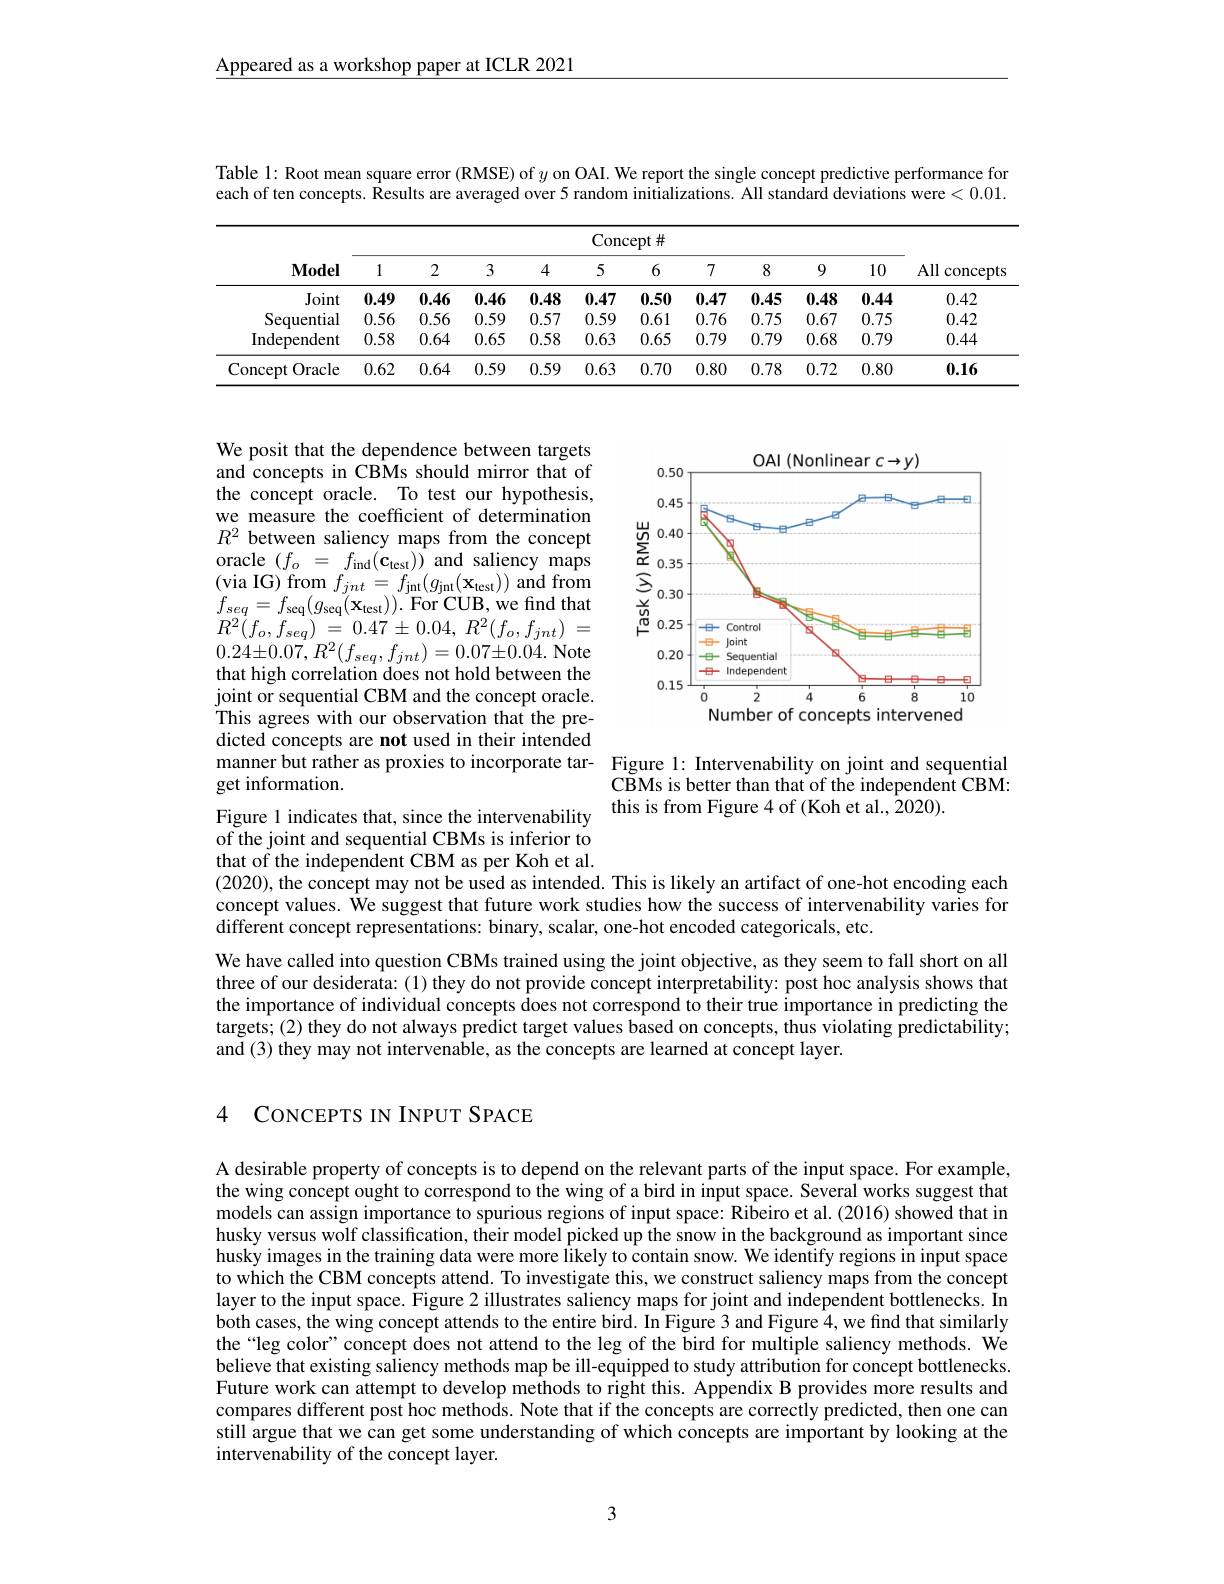
Appeared as a workshop paper at ICLR 2021

Table l: Root mean square error (RMSE) of $y$ on OAI. We report the single concept predictive performance for each of ten concepts. Results are averaged over 5 random initializations. All standard deviations were <0.01.

<table>
	<tbody>
		<tr>
			<th rowspan="2">$\mathbf{Model}$</th>
			<th colspan="10">Concept #</th>
			<th rowspan="2">All concepts</th>
		</tr>
		<tr>
			<th>1</th>
			<th>2</th>
			<th>3</th>
			<th>4</th>
			<th>5</th>
			<th>6</th>
			<th>7</th>
			<th>8</th>
			<th>9</th>
			<th>10</th>
		</tr>
		<tr>
			<td>Joint</td>
			<td>0.49</td>
			<td>0.46</td>
			<td>0.46</td>
			<td>0.48</td>
			<td>0.47</td>
			<td>0.50</td>
			<td>0.47</td>
			<td>0.45</td>
			<td>0.48</td>
			<td>0.44</td>
			<td>0.42</td>
		</tr>
		<tr>
			<td>Sequential</td>
			<td>0.56</td>
			<td>0.56</td>
			<td>0.59</td>
			<td>0.57</td>
			<td>0.59</td>
			<td>0.61</td>
			<td>0.76</td>
			<td>0.75</td>
			<td>0.67</td>
			<td>0.75</td>
			<td>0.42</td>
		</tr>
		<tr>
			<td>Independent</td>
			<td>0.58</td>
			<td>0.64</td>
			<td>0.65</td>
			<td>0.58</td>
			<td>0.63</td>
			<td>0.65</td>
			<td>0.79</td>
			<td>0.79</td>
			<td>0.68</td>
			<td>0.79</td>
			<td>0.44</td>
		</tr>
		<tr>
			<td>Concept Oracle</td>
			<td>0.62</td>
			<td>0.64</td>
			<td>0.59</td>
			<td>0.59</td>
			<td>0.63</td>
			<td>0.70</td>
			<td>0.80</td>
			<td>0.78</td>
			<td>0.72</td>
			<td>0.80</td>
			<td>0.16</td>
		</tr>
	</tbody>
</table>

<FigureHere>

We posit that the dependence between targets and concepts in CBMs should mirror that of the concept oracle. To test our hypothesis, we measure the coefficient of determination $R^{2}$ between saliency maps from the concept $\begin{array}{rcl}{\mathrm{oracle~}(f_{o}\:=\:f_{\mathrm{ind}}(\mathbf{c}_{\mathrm{test}}))\:\mathrm{and~saliency~maps}}\\{(\mathrm{via~IG})\:\mathrm{from~}f_{\mathrm{int}}\:\equiv\:f_{\mathrm{int}}(a_{\mathrm{int}}(\mathbf{x}_{\mathrm{int}}))\:\mathrm{and~from}}\end{array}$ $\begin{array}{l}{(\mathrm{via~IG})\mathrm{~from~}f_{jnt}=f_{\mathrm{jnt}}(g_{\mathrm{jnt}}(\mathbf{x}_{\mathrm{test}}))\mathrm{~and~from}}\\{f_{seq}=f_{\mathrm{seq}}(g_{\mathrm{seq}}(\mathbf{x}_{\mathrm{test}})).\mathrm{~For~CUB,~we~find~that}}\\{\mathrm{Pr}^{2}(c)=0.\mathrm{~Pr~}^{2}(c)=0.\mathrm{~Pr~}^{2}(c)-0.\mathrm{~Pr~}^{2}(c))}\end{array}$ $R^{2}( f_{o}, f_{seq})$ = $0. 47\pm$ 0.04, $R^{2}( f_{o}, f_{jnt})$ = $0.24\pm0.07,R^{2}(f_{seq},f_{jnt})=0.07\pm0.04.$ Note that high correlation does not hold between the joint or sequential CBM and the concept oracle. This agrees with our observation that the predicted concepts are not used in their intended manner but rather as proxies to incorporate tar- Figure l: Intervenability on joint and sequential
get information.
Figure 1 indicates that, since the intervenability of the joint and sequential CBMs is inferior to

CBMs is better than that of the independent CBM:
this is from Figure 4 of (Koh et al., 2020).

that of the independent CBM as per Koh et al.
(2020), the concept may not be used as intended. This is likely an artifact of one-hot encoding each concept values. We suggest that future work studies how the success of intervenability varies for different concept representations: binary, scalar, one-hot encoded categoricals, etc.

We have called into question CBMs trained using the joint objective, as they seem to fall short on all three of our desiderata: (1) they do not provide concept interpretability: post hoc analysis shows that the importance of individual concepts does not correspond to their true importance in predicting the targets; (2) they do not always predict target values based on concepts, thus violating predictability; and (3) they may not intervenable, as the concepts are learned at concept layer.

## 4 CONCEPTS IN INPUT SPACE

A desirable property of concepts is to depend on the relevant parts of the input space. For example, the wing concept ought to correspond to the wing of a bird in input space. Several works suggest that models can assign importance to spurious regions of input space: Ribeiro et al. (2016) showed that in husky versus wolf classification, their model picked up the snow in the background as important since husky images in the training data were more likely to contain snow. We idenfify regions in input space to which the CBM concepts attend. To investigate this, we construct saliency maps from the concept layer to the input space. Figure 2 illustrates saliency maps for joint and independent bottlenecks. In both cases, the wing concept attends to the entire bird. In Figure 3 and Figure 4, we find that similarly the“leg color”concept does not attend to the leg of the bird for multiple saliency methods. We believe that existing saliency methods map be ill-equipped to study attribution for concept bottlenecks Future work can attempt to develop methods to right this. Appendix B provides more results and compares different post hoc methods. Note that if the concepts are correctly predicted, then one can still argue that we can get some understanding of which concepts are important by looking at the intervenability of the concept layer.

3